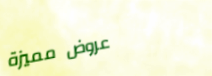
عروض مميزة